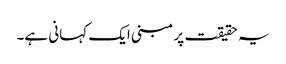
یہ حقیقت پر مبنی ایک کہانی ہے۔